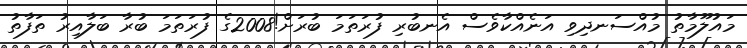
މައުލޫމާތު މުއްސަނދިވި އަނެއްކާވެސް އެނބުރި ފުރަތަމަ ބުރަށް!2008ގެ ފުރަތަމަ ބުރާ ބަލާއިރު ތަފާތު